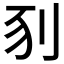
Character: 𠛖